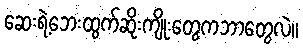
ဆေးရဲ့ဘေးထွက်ဆိုးကျိုးတွေကဘာတွေလဲ။